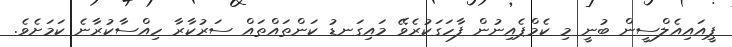
ޕީއައިއެލްސީން ބުނީ މި ކެމްޕެއިނުން ފާހަގަކުރެވޭ މައިގަނޑު ކަންތައްތައް ސަރުކާރާ ހިއްސާކުރާނެ ކަމަށެވެ.